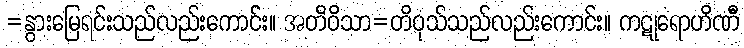
=နွားမြေရင်းသည်လည်းကောင်း။ အတိဝိသာ=တိဝုသ်သည်လည်းကောင်း။ ကဋုရောဟိဏီ